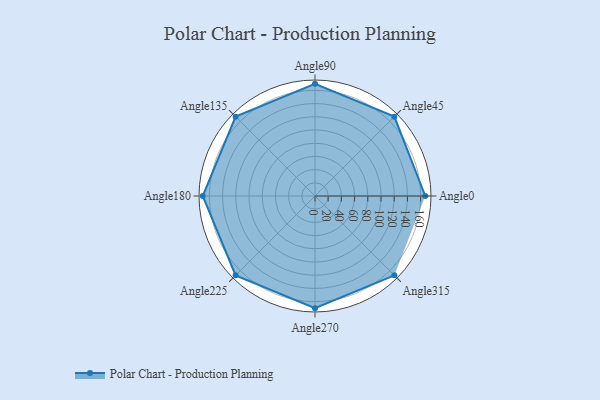
{"axis": {"x": "Angle", "y": "Radius"}, "legend": [""], "data": [{"x": "Angle0", "y": 167.0, "type": ""}, {"x": "Angle45", "y": 170, "type": ""}, {"x": "Angle90", "y": 170, "type": ""}, {"x": "Angle135", "y": 170, "type": ""}, {"x": "Angle180", "y": 170, "type": ""}, {"x": "Angle225", "y": 170, "type": ""}, {"x": "Angle270", "y": 170, "type": ""}, {"x": "Angle315", "y": 170, "type": ""}]}